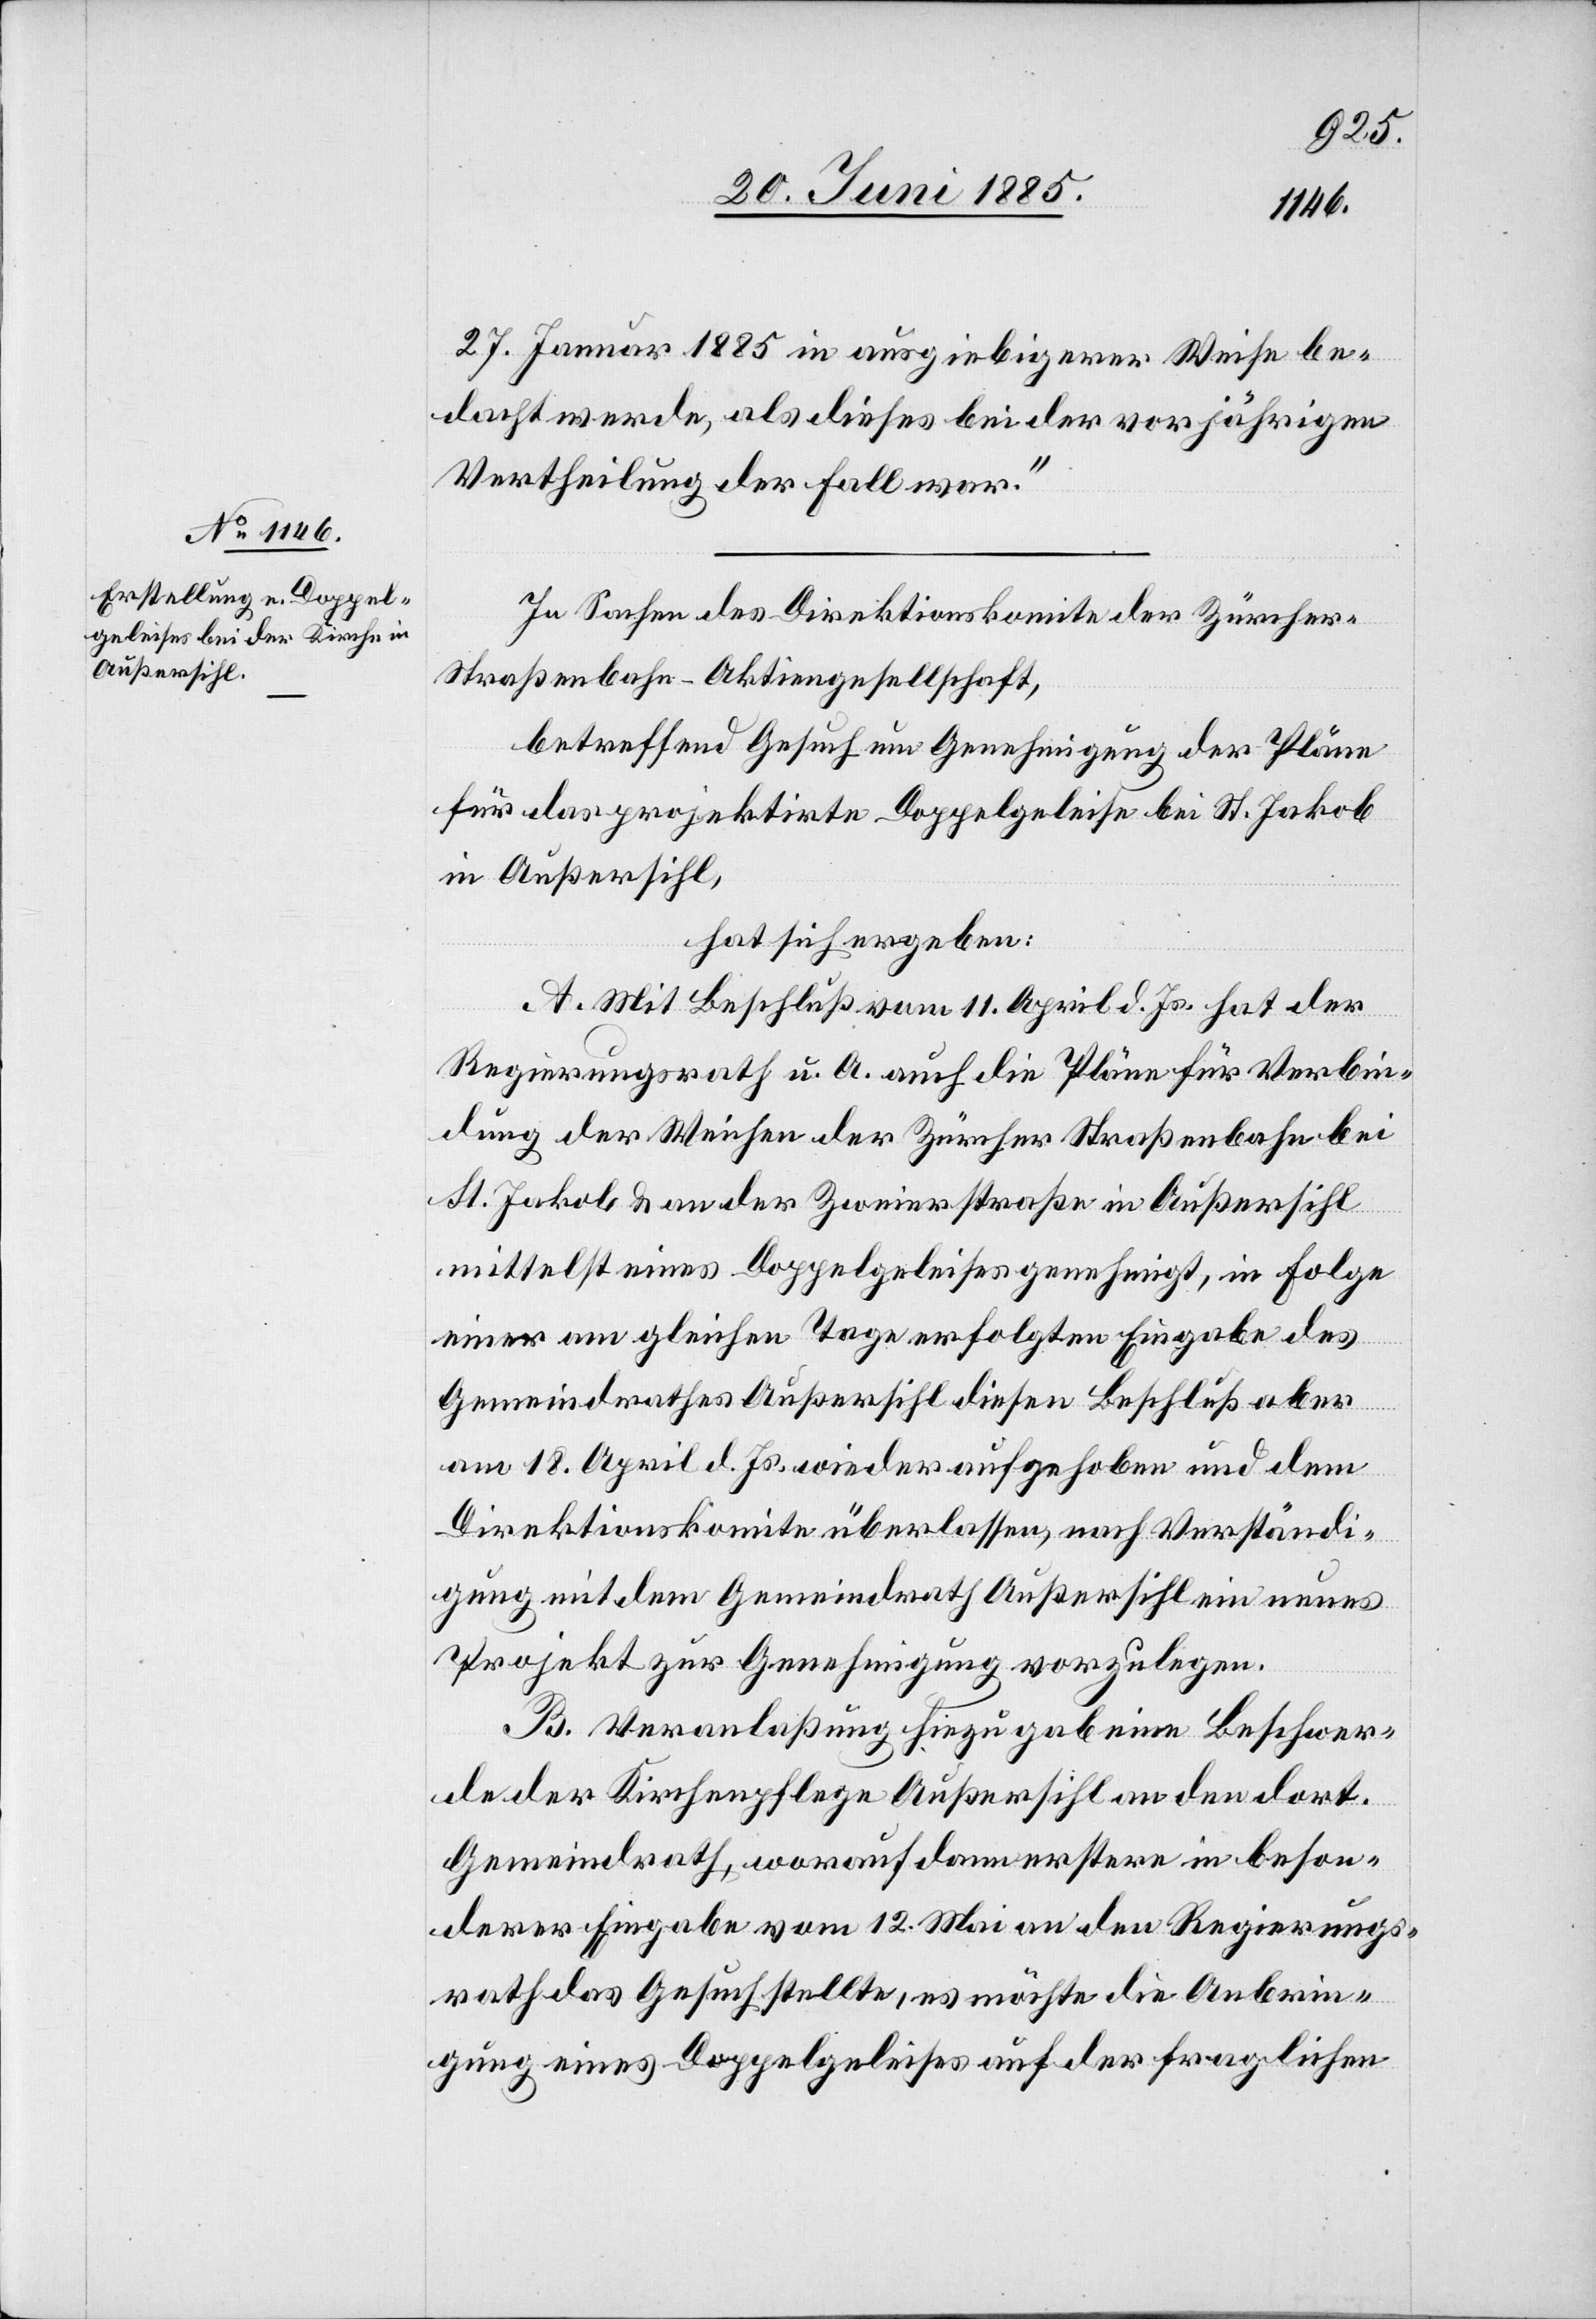
27. Januar 1885 in ausgiebigerer Weise be¬
dacht werde, als dieses bei der vorjährigen
Vertheilung der Fall war.“
In Sachen des Direktionskomite der Zürche¬
r-Straßenbahn-Aktiengesellschaft,
betreffend Gesuch um Genehmigung der Pläne
für das projektirte Doppelgeleise bei St. Jakob
in Außersihl,
hat sich ergeben:
A. Mit Beschluß vom 11. April d. Js. hat der
Regierungsrath u. A. auch die Pläne für Verbin¬
dung der Weichen der Zürcher Straßenbahn bei
St. Jakob & an der Zweierstraße in Außersihl
mittelst eines Doppelgeleises genehmigt, in Folge
einer am gleichen Tage erfolgten Eingabe des
Gemeindrathes Außersihl diesen Beschluß aber
am 18. April d. Js. wieder aufgehoben und dem
Direktionskomite überlassen, nach Verständi¬
gung mit dem Gemeindrath Außersihl ein neues
Projekt zur Genehmigung vorzulegen.
B. Veranlaßung hiezu gab eine Beschwer¬
de der Kirchenpflege Außersihl an den dort.
Gemeindrath, worauf dann erstere in beson¬
derer Eingabe vom 12. Mai an den Regierungs¬
rath das Gesuch stellte, es möchte die Anbrin¬
gung eines Doppelgeleises auf der fraglichen